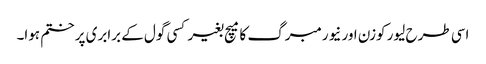
اسی طرح لیور کوزن اور نیورمبرگ کا میچ بغیر کسی گول کے برابری پر ختم ہوا۔